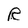
Character: R